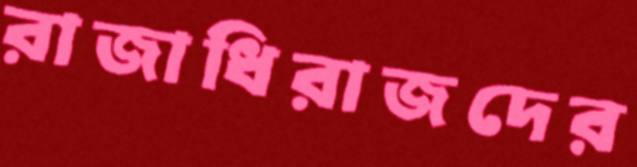
রাজাধিরাজদের